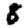
Digit: 8